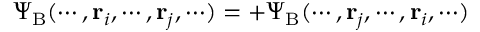
\Psi _ { \mathrm { { B } } } ( \cdots , \mathbf { r } _ { i } , \cdots , \mathbf { r } _ { j } , \cdots ) = + \Psi _ { \mathrm { { B } } } ( \cdots , \mathbf { r } _ { j } , \cdots , \mathbf { r } _ { i } , \cdots )